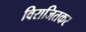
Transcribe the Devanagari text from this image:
विराजितकर